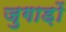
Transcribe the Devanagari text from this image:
जुगाड़ों